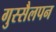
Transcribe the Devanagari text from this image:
गुस्सैलपन